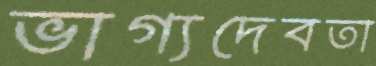
ভাগ্যদেবতা